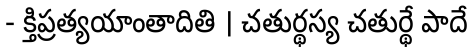
- క్తిప్రత్యయాంతాదితి । చతుర్థస్య చతుర్థే పాదే